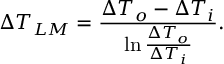
\Delta T _ { L M } = \frac { \Delta T _ { o } - \Delta T _ { i } } { \ln { \frac { \Delta T _ { o } } { \Delta T _ { i } } } } .